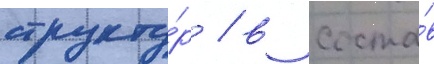
структу́р / в соста́в